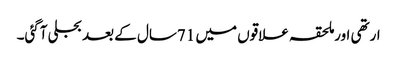
ارتھی اورملحقہ علاقوں میں 71سال کے بعد بجلی آگئی۔